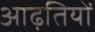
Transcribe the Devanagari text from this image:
आढ़तियों